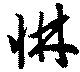
惏